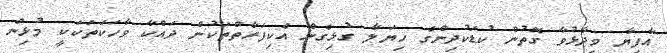
އާފިޔާ ވިދާޅުވާ ގޮތުން ކުޑަކުދިންގެ ހިޔަލާ ގުޅިގެން އެކިފަރާތްތަކުން ދައްކާ ވާހަކަތަކަކީ މުޅިން